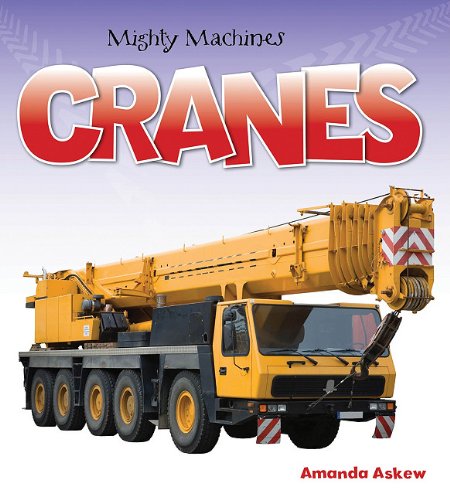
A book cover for Cranes (Mighty Machines); Amanda Askew; Children's Books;